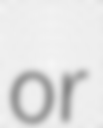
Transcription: or